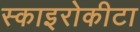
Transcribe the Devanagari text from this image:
स्काइरोकीटा